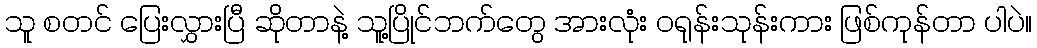
သူ စတင် ပြေးလွှားပြီ ဆိုတာနဲ့ သူ့ပြိုင်ဘက်တွေ အားလုံး ဝရုန်းသုန်းကား ဖြစ်ကုန်တာ ပါပဲ။